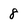
Character: 8